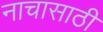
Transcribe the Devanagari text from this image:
नाचासाठी